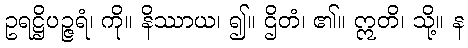
ဥရဋ္ဌိပဉ္ဇရံ၊ ကို။ နိဿာယ၊ ၍။ ဌိတံ၊ ၏။ ဣတိ၊ သို့။ န